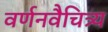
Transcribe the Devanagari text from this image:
वर्णनवैचित्र्य